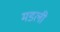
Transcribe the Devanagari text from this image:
मडली